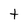
Character: t